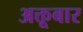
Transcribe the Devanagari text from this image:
अक्तूबार